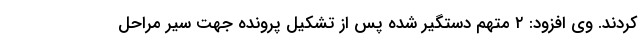
کردند. وی افزود: ۲ متهم دستگیر شده پس از تشکیل پرونده جهت سیر مراحل